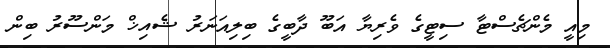
މިއީ މެންޗެސްޓާ ސިޓީގެ ވެރިޔާ އަބޫ ދާބީގެ ބިލިއަނަރު ޝެއިޚް މަންސޫރު ބިން